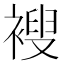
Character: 𫌆